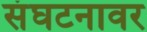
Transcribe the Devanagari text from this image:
संघटनावर